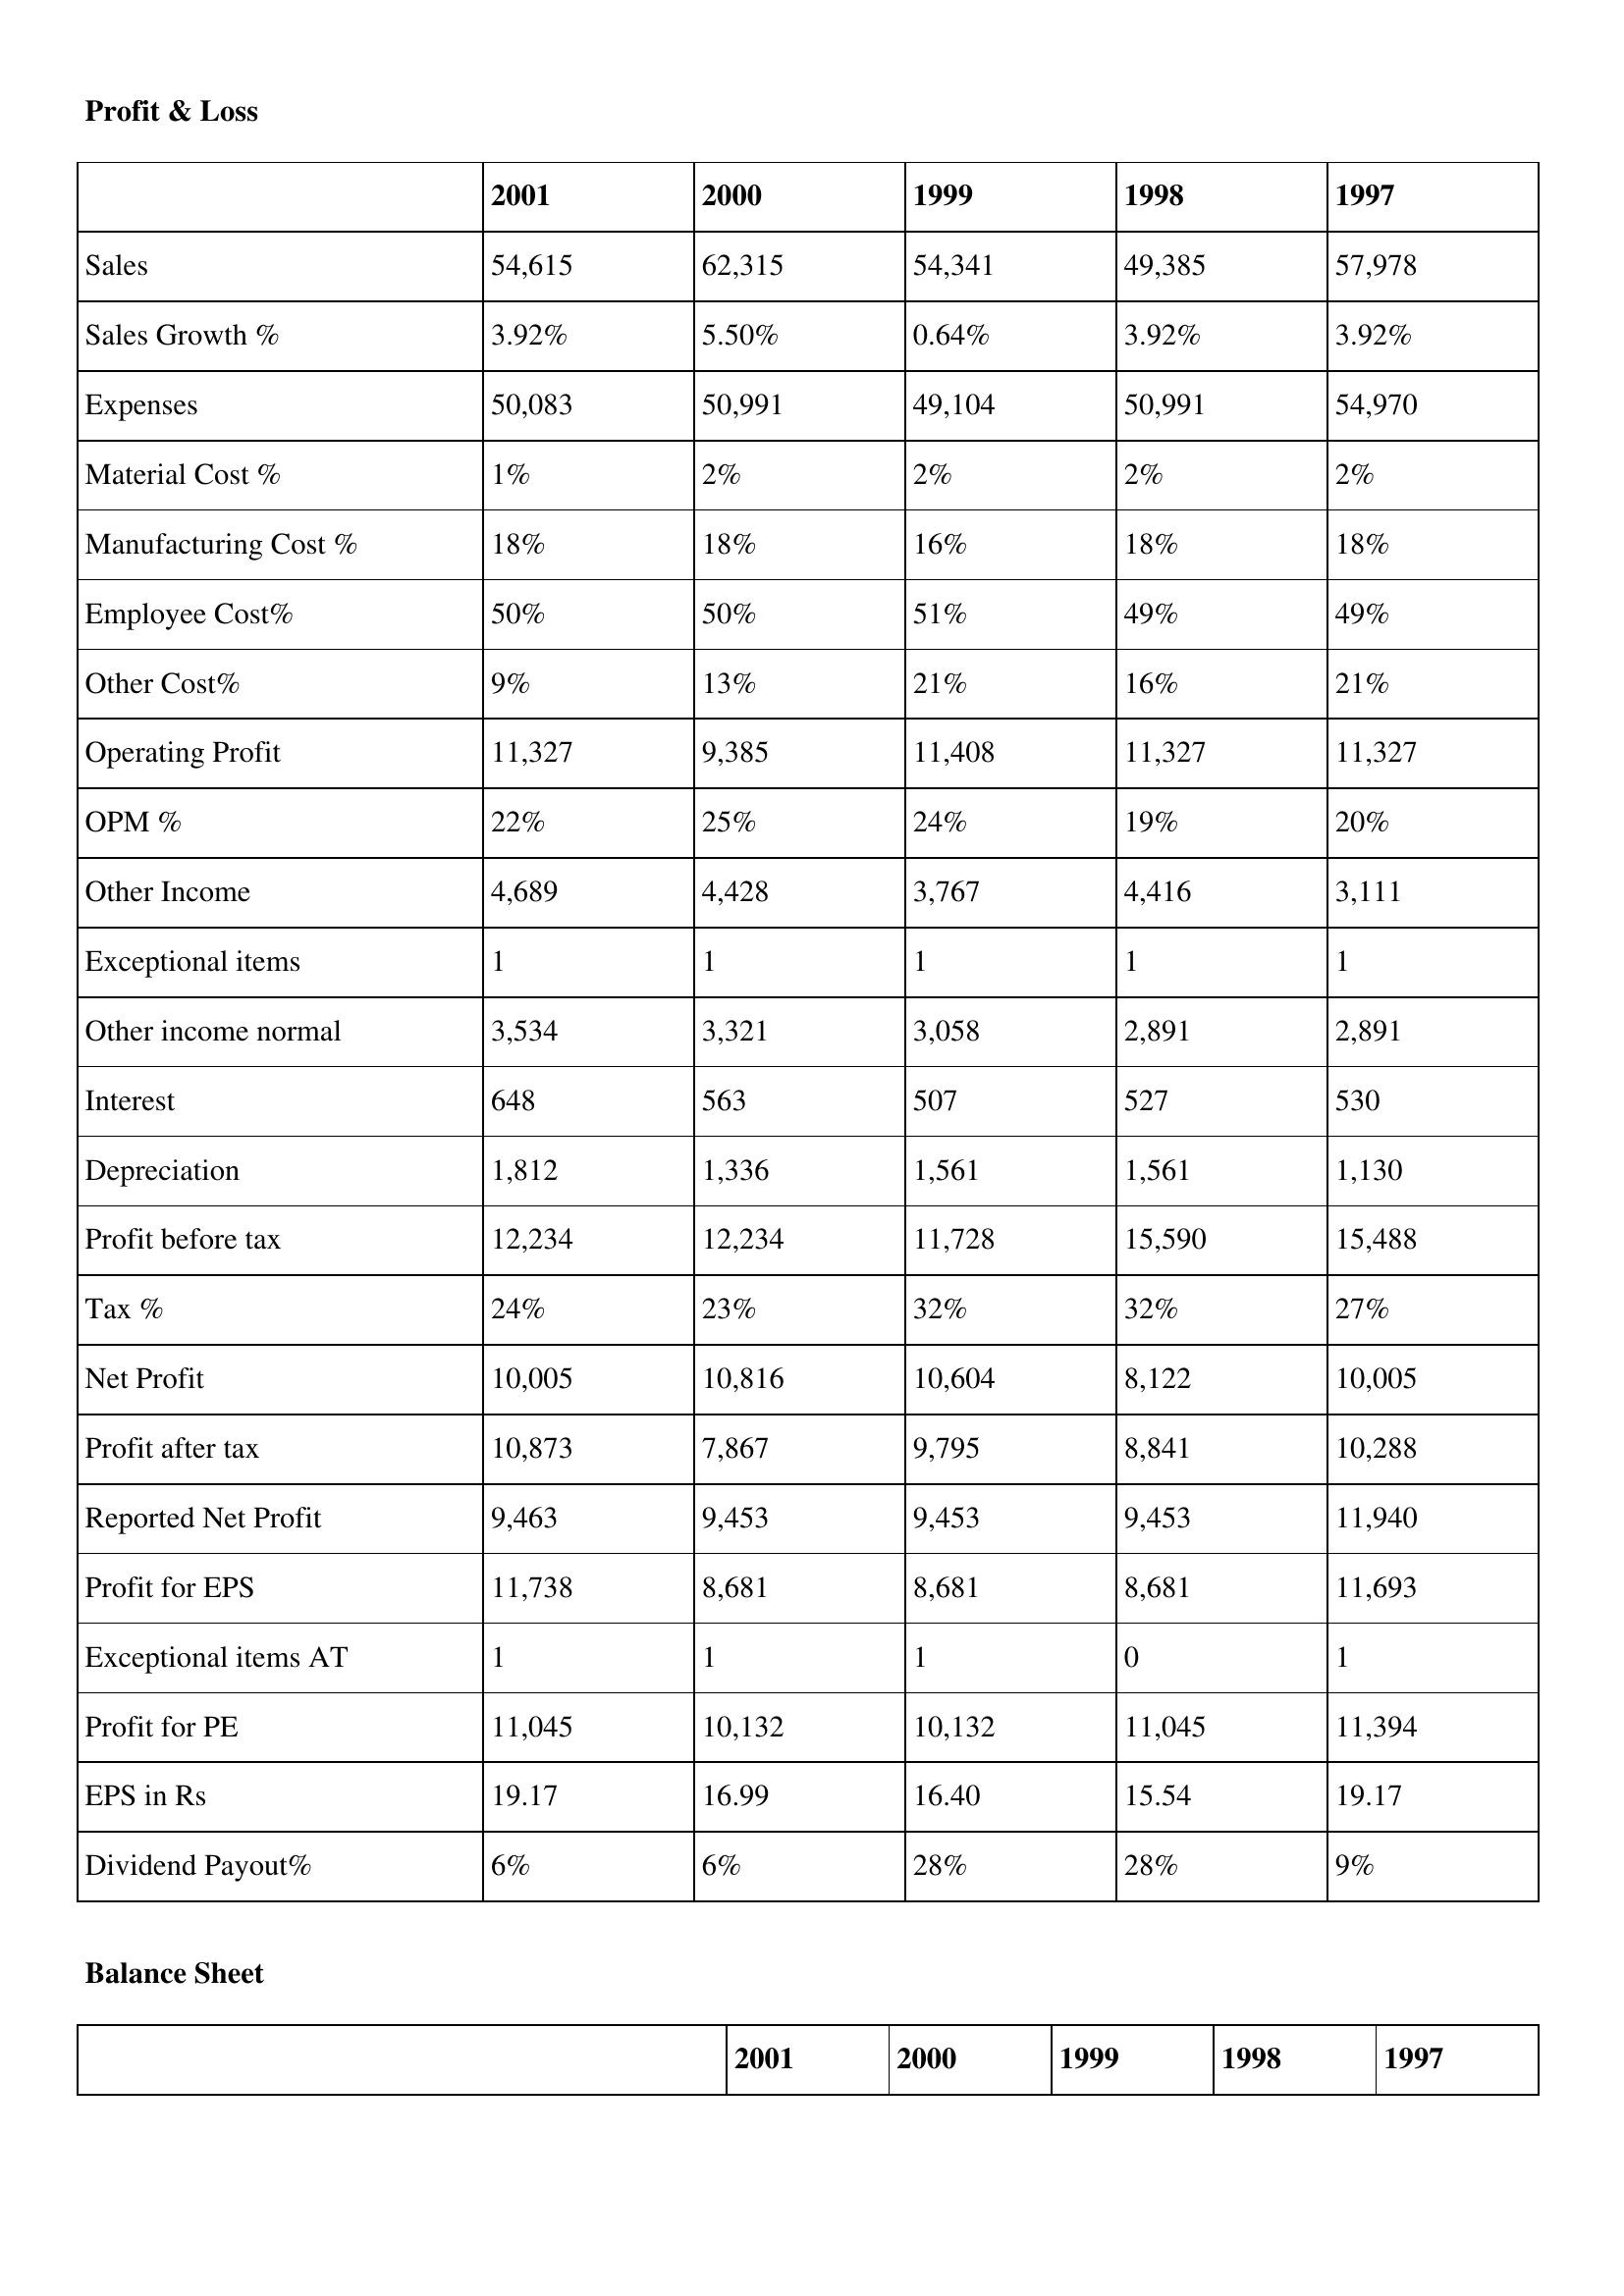
gt_parse: 2001: Profit & Loss: Sales: 54,615
Sales Growth %: 3.92%
Expenses: 50,083
Material Cost %: 1%
Manufacturing Cost %: 18%
Employee Cost%: 50%
Other Cost%: 9%
Operating Profit: 11,327
OPM %: 22%
Other Income: 4,689
Exceptional items: 1
Other income normal: 3,534
Interest: 648
Depreciation: 1,812
Profit before tax: 12,234
Tax %: 24%
Net Profit: 10,005
Profit after tax: 10,873
Reported Net Profit: 9,463
Profit for EPS: 11,738
Exceptional items AT: 1
Profit for PE: 11,045
EPS in Rs: 19.17
Dividend Payout%: 6%
2000: Profit & Loss: Sales: 62,315
Sales Growth %: 5.50%
Expenses: 50,991
Material Cost %: 2%
Manufacturing Cost %: 18%
Employee Cost%: 50%
Other Cost%: 13%
Operating Profit: 9,385
OPM %: 25%
Other Income: 4,428
Exceptional items: 1
Other income normal: 3,321
Interest: 563
Depreciation: 1,336
Profit before tax: 12,234
Tax %: 23%
Net Profit: 10,816
Profit after tax: 7,867
Reported Net Profit: 9,453
Profit for EPS: 8,681
Exceptional items AT: 1
Profit for PE: 10,132
EPS in Rs: 16.99
Dividend Payout%: 6%
1999: Profit & Loss: Sales: 54,341
Sales Growth %: 0.64%
Expenses: 49,104
Material Cost %: 2%
Manufacturing Cost %: 16%
Employee Cost%: 51%
Other Cost%: 21%
Operating Profit: 11,408
OPM %: 24%
Other Income: 3,767
Exceptional items: 1
Other income normal: 3,058
Interest: 507
Depreciation: 1,561
Profit before tax: 11,728
Tax %: 32%
Net Profit: 10,604
Profit after tax: 9,795
Reported Net Profit: 9,453
Profit for EPS: 8,681
Exceptional items AT: 1
Profit for PE: 10,132
EPS in Rs: 16.40
Dividend Payout%: 28%
1998: Profit & Loss: Sales: 49,385
Sales Growth %: 3.92%
Expenses: 50,991
Material Cost %: 2%
Manufacturing Cost %: 18%
Employee Cost%: 49%
Other Cost%: 16%
Operating Profit: 11,327
OPM %: 19%
Other Income: 4,416
Exceptional items: 1
Other income normal: 2,891
Interest: 527
Depreciation: 1,561
Profit before tax: 15,590
Tax %: 32%
Net Profit: 8,122
Profit after tax: 8,841
Reported Net Profit: 9,453
Profit for EPS: 8,681
Exceptional items AT: 0
Profit for PE: 11,045
EPS in Rs: 15.54
Dividend Payout%: 28%
1997: Profit & Loss: Sales: 57,978
Sales Growth %: 3.92%
Expenses: 54,970
Material Cost %: 2%
Manufacturing Cost %: 18%
Employee Cost%: 49%
Other Cost%: 21%
Operating Profit: 11,327
OPM %: 20%
Other Income: 3,111
Exceptional items: 1
Other income normal: 2,891
Interest: 530
Depreciation: 1,130
Profit before tax: 15,488
Tax %: 27%
Net Profit: 10,005
Profit after tax: 10,288
Reported Net Profit: 11,940
Profit for EPS: 11,693
Exceptional items AT: 1
Profit for PE: 11,394
EPS in Rs: 19.17
Dividend Payout%: 9%